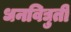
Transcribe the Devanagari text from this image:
धनविद्युती